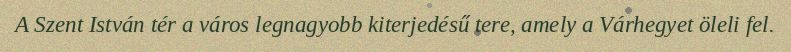
A Szent István tér a város legnagyobb kiterjedésű tere, amely a Várhegyet öleli fel.